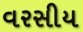
વરસીય